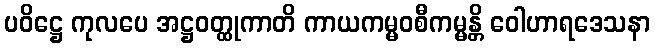
ပဝိဋ္ဌေ ကုလပေ အဋ္ဌဝတ္ထုကာတိ ကာယကမ္မဝစီကမ္မန္တိ ဝေါဟာရဒေသနာ